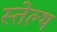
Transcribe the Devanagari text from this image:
स्तेल्थ